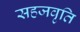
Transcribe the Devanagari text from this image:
सहजवृति